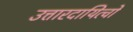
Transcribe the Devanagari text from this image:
उत्तारदायित्वों